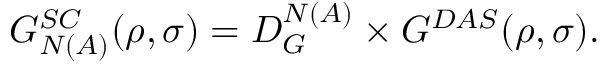
G _ { N ( A ) } ^ { S C } ( \rho , \sigma ) = D _ { G } ^ { N ( A ) } \times G ^ { D A S } ( \rho , \sigma ) .